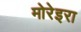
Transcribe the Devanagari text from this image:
मोरेइरा